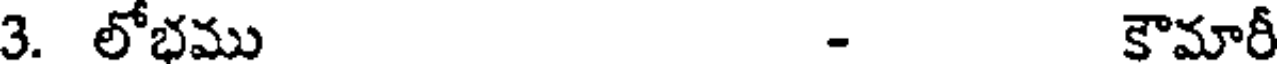
3. లోభము - కౌమారీ